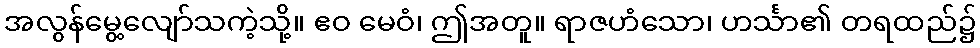
အလွန်မွေ့လျော်သကဲ့သို့။ ဧဝ မေဝံ၊ ဤအတူ။ ရာဇဟံသော၊ ဟင်္သာ၏ တရထည်၌